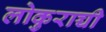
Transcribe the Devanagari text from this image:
लोकुराच्ची